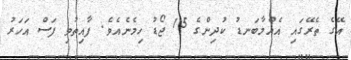
އޭގެ ތެރޭގައި އެއްމާބަނޑު ކުދިންގެ 15 ޖޯޑު ހިމެނެއެވެ. ފާއިތުވި ފަސް އަހަރު